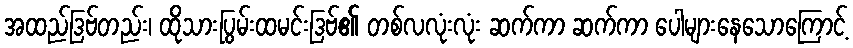
အထည်ဒြဗ်တည်း၊ ထိုသားပြွမ်းထမင်းဒြဗ်၏ တစ်လလုံးလုံး ဆက်ကာ ဆက်ကာ ပေါများနေသောကြောင့်